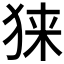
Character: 𰡎